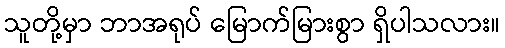
သူတို့မှာ ဘာအရုပ် မြောက်မြားစွာ ရှိပါသလား။